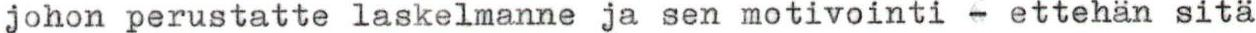
johon perustatte laskelmanne ja sen motivointi - ettehän sitä